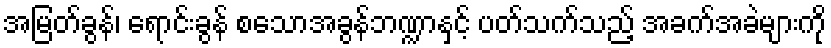
အမြတ်ခွန်၊ ရောင်းခွန် စသောအခွန်ဘဏ္ဍာနှင့် ပတ်သက်သည့် အခက်အခဲများကို